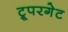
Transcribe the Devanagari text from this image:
ट्रूपरगेट